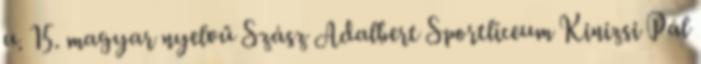
u. 15. magyar nyelvű Szász Adalbert Sportlíceum Kinizsi Pál